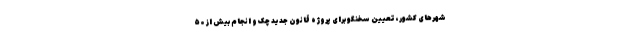
شهرهای کشور، تعیین سخنگو برای پروژه قانون جدید چک و انجام بیش از ۵۰